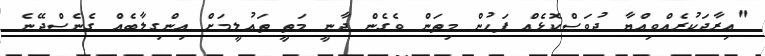
"އިރާދަކުރެއްވިއްޔާ ދުވަސްކޮޅެއް ފަހުން މިތަން ވެގެން ދާނީ މަތީ ތައުލީމަށް އިންގިލާބެއް ގެނެސްދޭނެ